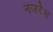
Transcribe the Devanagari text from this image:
नजरेेस